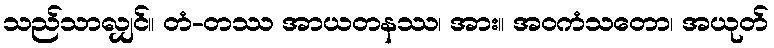
သည်သာလျှင်။ တံ-တဿ အာယတနဿ၊ အား။ အဝကံသတော၊ အယုတ်